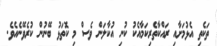
ތަކެތި އެޅުމަށާއި ރައްކާތެރިކަމާއެކު ކުނި އުކާލަން ވެސް މި ކޮތަޅު ބޭނުން ކުރެވޭނެއެވެ.